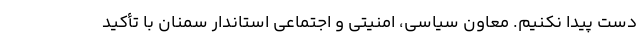
دست پیدا نکنیم. معاون سیاسی، امنیتی و اجتماعی استاندار سمنان با تأکید